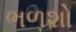
ભળશો